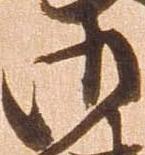
御